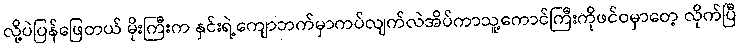
လို့ပဲပြန်ဖြေတယ် မိုးကြီးက နှင်းရဲ့ကျောဘက်မှာကပ်လျက်လဲအိပ်ကာသူ့ကောင်ကြီးကိုဖင်ဝမှာတေ့ လိုက်ပြီ